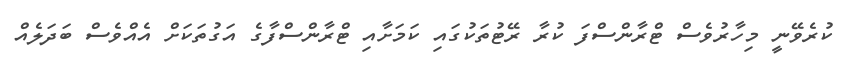
ކުރެވޭނީ މިހާރުވެސް ޓްރާންސްފަ ކުރާ ރޭޓުތަކުގައި ކަަމަށާއި ޓްރާންސްފާގެ އަގުތަކަށް އެއްވެސް ބަދަލެއް